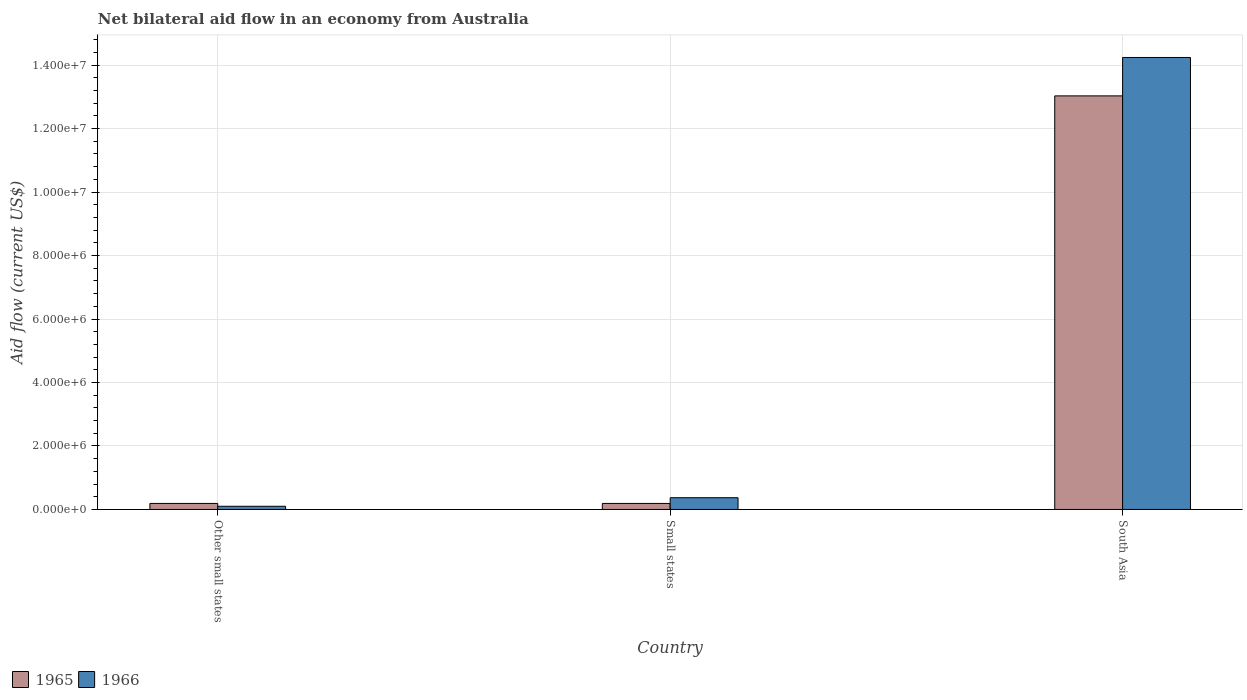
| Country | 1965 | 1966 |
 | --- | --- | --- |
 | Other small states | 1.9e+05 | 1e+05 |
 | Small states | 1.9e+05 | 3.7e+05 |
 | South Asia | 1.3e+07 | 1.42e+07 |